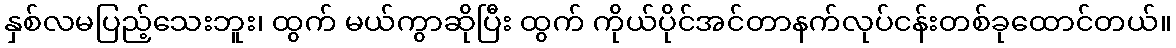
နှစ်လမပြည့်သေးဘူး၊ ထွက် မယ်ကွာဆိုပြီး ထွက် ကိုယ်ပိုင်အင်တာနက်လုပ်ငန်းတစ်ခုထောင်တယ်။